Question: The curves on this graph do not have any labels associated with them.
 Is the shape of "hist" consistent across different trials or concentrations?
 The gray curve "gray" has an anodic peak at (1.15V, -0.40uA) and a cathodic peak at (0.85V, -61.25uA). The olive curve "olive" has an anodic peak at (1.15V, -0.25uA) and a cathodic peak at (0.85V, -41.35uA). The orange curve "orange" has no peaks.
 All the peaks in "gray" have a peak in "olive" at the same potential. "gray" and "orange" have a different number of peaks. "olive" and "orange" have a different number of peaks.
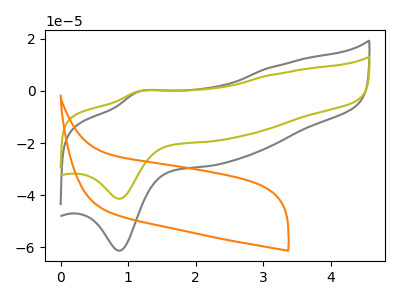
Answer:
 <answer>All the CV's of "hist" have similar shape.</answer>
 <eval>follow_rule</eval>